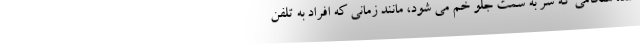
شد، هنگامی که سر به سمت جلو خم می شود، مانند زمانی که افراد به تلفن